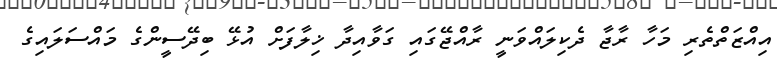
އިއްޒަތްތެރި މަހާ ރާޖާ ދެކިލައްވަނީ ރާއްޖޭގައި ގަވާއިދާ ޚިލާފަށް އުޅޭ ބިދޭސީންގެ މައްސަލައިގެ